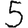
Digit: 5